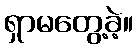
ရှာမတွေ့ခဲ့။